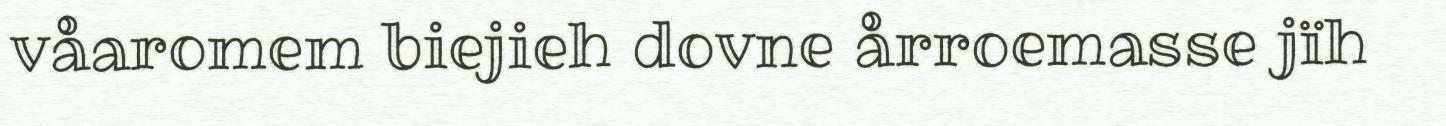
våaromem biejieh dovne årroemasse jïh